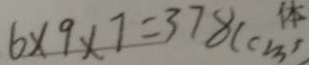
6 \times 9 \times 7 = 3 7 8 ( c m ^ { 2 } )